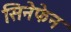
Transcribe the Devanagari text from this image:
सिनेफेन